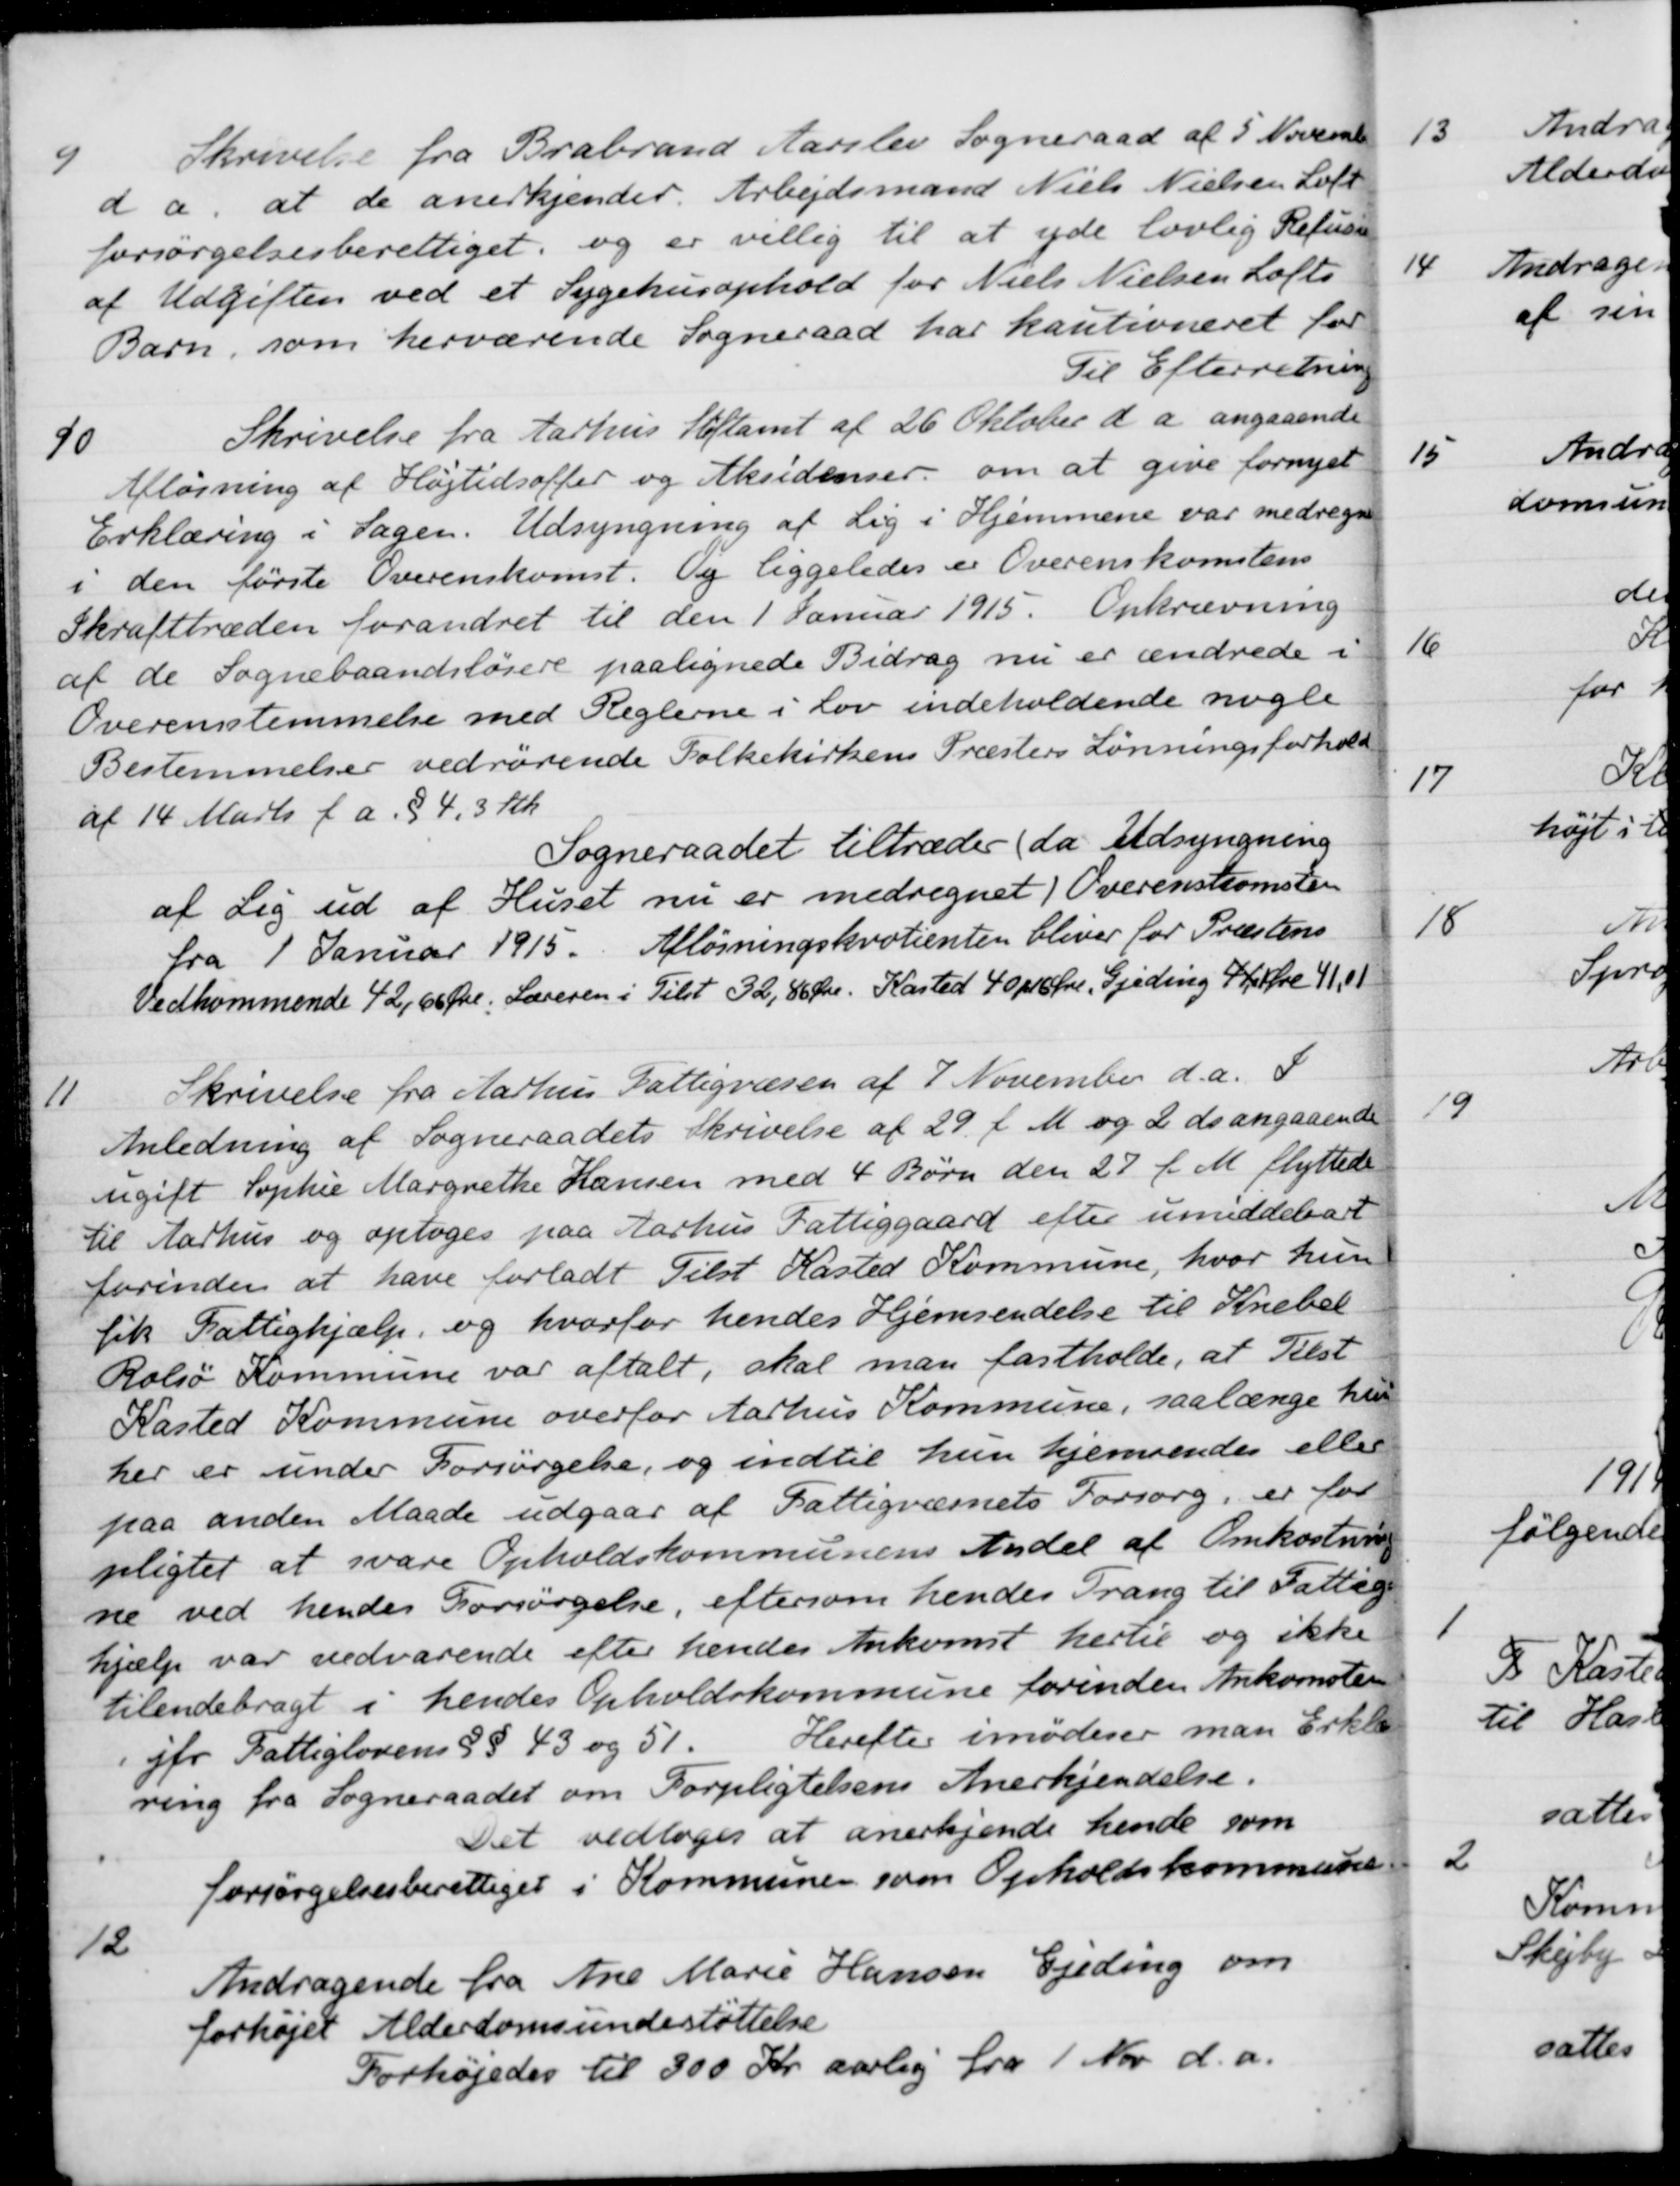
Transskription:
9
Skrivelse fra Brabrand Aarslev Sogneraad af 5 November
d a, at de anerkjender. Arbejdsmand Niels Nielsen Loft
forsørgelsesberettiget, og er villig til at yde lovlig Refusion
af Udgiften ved et Sygehusophold for Niels Nielsen Lofts
Barn, som herværende Sogneraad har kautioneret for 
Til Efterretning
90
Skrivelse fra Aarhus Stiftamt af 26 Oktober d a angaaende
Afløsning af Højtidsoffer og Aksidenser om at give fornyet
Erklæring i Sagen. Udsyngning af Lig i Hjemmene var medregne
i den første Overenskomst. Og liggeledes er Overenskomstens
Ikrafttræden forandret til den 1 Januar 1915. Opkrævning
af de Sognebaandsløsere paalignede Bidrag nu er ændrede i
Overensstemmelse med Reglerne i Lov indeholdende nogle
Bestemmelser vedrørende Folkekirkens Præsters Lønningsforhold
af 14 Marts f a. § 4,3 Stk.
Sogneraadet tiltræder (da Udsyngning
af Lig ud af Huset nu er medregnet) Overenskomsten
fra 1 Januar 1915. Afløsningskvotienten bliver for Præstens
Vedkommende 42,66 Øre. Læreren i Tilst 32,86 Øre. Kasted 40 p16 Øre, Gjeding 41,0  Øre 41,01
11
Skrivelse fra Aarhus Fattigvæsen af 7 November d.a.
Anledning af Sogneraadets Skrivelse af 29 f. M. og 2 ds angaaende
ugift Sophie Margrethe Hansen med 4 Børn den 27 f.M flyttede
til Aarhus og optoges paa Aarhus Fattiggaard efter umiddelbart
forinden at have forladt Tilst Kasted Kommune, hvor hun
fik Fattighjælp, og hvorfor hendes Hjemsendelse til Knebel
Rolsø Kommune var aftalt, skal man fastholde, at Tilst
Kasted Kommune overfor Aarhus Kommune, saalænge hun
her er under Forsørgelse, og indtil hun hjemsendes eller
paa anden Maade udgaar af Fattigvæsnets Forsorg, er for-
pligtet at svare Opholdskommunens Andel af Omkostning-
ne ved hendes Forsørgelse, eftersom hendes Trang til Fattig-
hjælp var vedvarende efter hendes Ankomst hertil og ikke
tilendebragt i hendes Opholdskommune forinden Ankomsten
jfr Fattiglovens §§ 43 og 51.
Herefter imødeser man Erklær
ring fra Sogneraadet om Forpligtelsens Anerkjendelse.
Det vedtoges at anerkjende hende som
forsørgelsesberettiget i Kommunen som Opholdskommune
12
Andragende fra Ane Marie Hansen Gjeding om
forhøjet Alderdomsunderstøttelse
Forhøjedes til 300 Kr. aarlig fra 1 Nov. d.a.